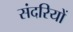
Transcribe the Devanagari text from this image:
संदरियों